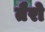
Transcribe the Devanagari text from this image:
तैरो